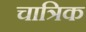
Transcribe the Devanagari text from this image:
चात्रिक